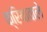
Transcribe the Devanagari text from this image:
क्रियावाले